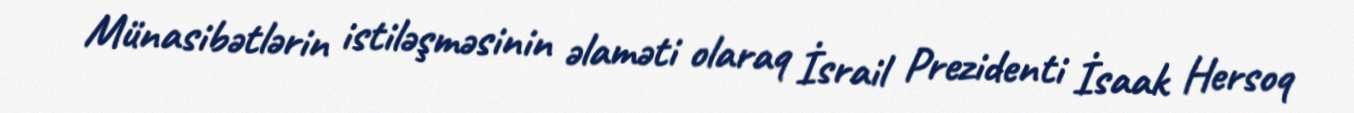
Münasibətlərin istiləşməsinin əlaməti olaraq İsrail Prezidenti İsaak Hersoq